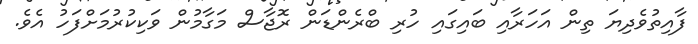
ފާއިތުވެދިޔަ ތިން އަހަރާއި ބައިގައި ހުރި ބްރެންޑަން ރޮޖާސް މަގާމުން ވަކިކުރުމަށްފަހު އެވެ.